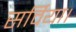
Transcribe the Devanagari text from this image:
सर्विया।